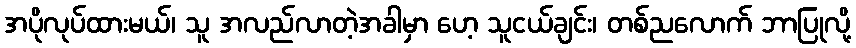
အပိုလုပ်ထားမယ်၊ သူ အလည်လာတဲ့အခါမှာ ဟေ့ သူငယ်ချင်း၊ တစ်ညလောက် ဘာပြုလို့